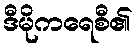
ဒီမိုကရေစီ၏